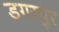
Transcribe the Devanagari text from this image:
डगरपुर